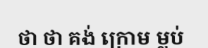
ថា ថា គង់ ក្រោម ម្លប់